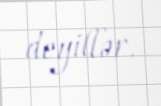
deyillər.